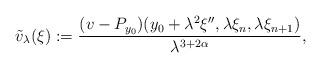
LaTeX: \begin{align*}\tilde{v}_\lambda(\xi):=\frac{(v-P_{y_0})(y_0+\lambda ^2 \xi'',\lambda \xi_n, \lambda \xi_{n+1})}{\lambda ^{3+2\alpha}},\end{align*}